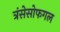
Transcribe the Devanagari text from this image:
त्रंसेसोफगल